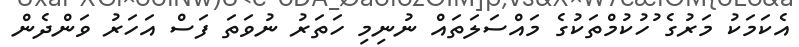
އެކަމަކު މަރުގެ ުހުކުމްތަކުގެ މައްސަލަތައް ނުނިމި ހަތަރު ނުވަތަ ފަސް އަހަރު ވަންދެން